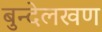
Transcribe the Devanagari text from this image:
बुन्देलखण